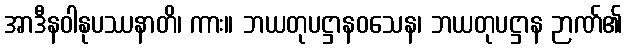
အာဒီနဝါနုပဿနာတိ၊ ကား။ ဘယတုပဋ္ဌာနဝသေန၊ ဘယတုပဋ္ဌာန ဉာဏ်၏